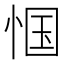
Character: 𮲇